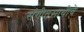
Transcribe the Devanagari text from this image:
संगीतसाथीचे